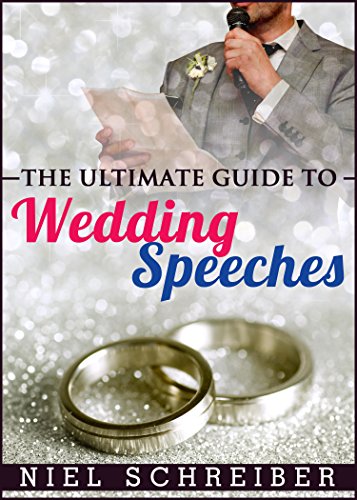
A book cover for Wedding Speeches: How to Deliver an Unforgettable Wedding Speech with Ease! (Wedding Speeches, Wedding Planning on a Budget, Marriage, Wedding Decorations)); Niel Schreiber; Crafts, Hobbies & Home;